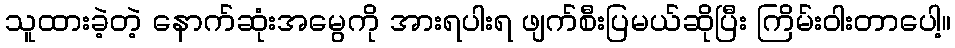
သူထားခဲ့တဲ့ နောက်ဆုံးအမွေကို အားရပါးရ ဖျက်စီးပြမယ်ဆိုပြီး ကြိမ်းဝါးတာပေါ့။